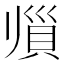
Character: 𲂫